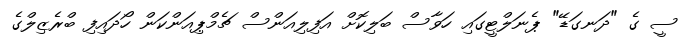
ސީ ގެ "ދަނގަޑޭ" ޕެނަލްޓީގައި ހަވާސް ބަލިކޮށް އަފިލިއަންސް ޗެމްޕިއަންކަން ހޯދައިފި ބްރެޒިލްގެ